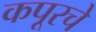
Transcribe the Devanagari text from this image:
कपूरचे